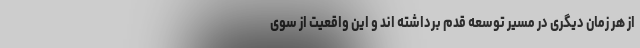
از هر زمان دیگری در مسیر توسعه قدم برداشته اند و این واقعیت از سوی